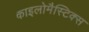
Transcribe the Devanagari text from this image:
काइलोमैस्टिक्स